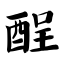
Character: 酲